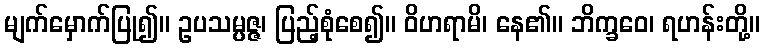
မျက်မှောက်ပြု၍။ ဥပသမ္ပဇ္ဇ၊ ပြည့်စုံစေ၍။ ဝိဟရာမိ၊ နေ၏။ ဘိက္ခဝေ၊ ရဟန်းတို့။